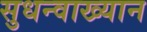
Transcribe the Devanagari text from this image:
सुधन्वाख्यान